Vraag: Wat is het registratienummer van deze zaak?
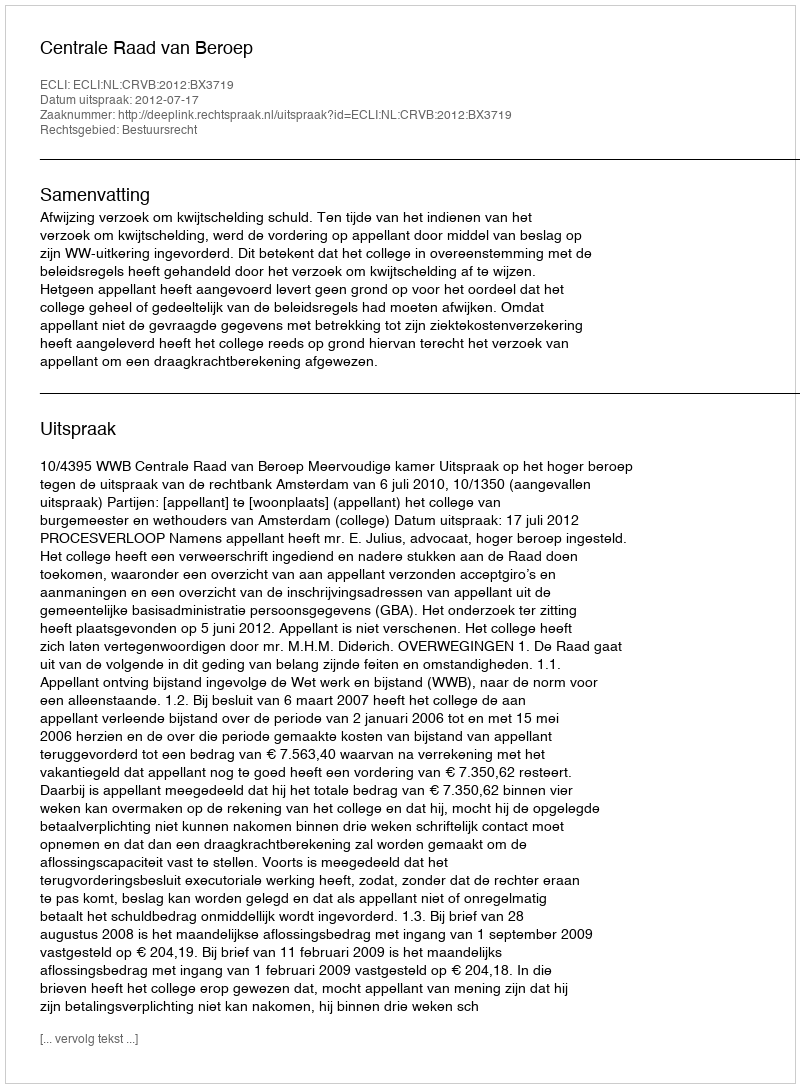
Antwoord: http://deeplink.rechtspraak.nl/uitspraak?id=ECLI:NL:CRVB:2012:BX3719